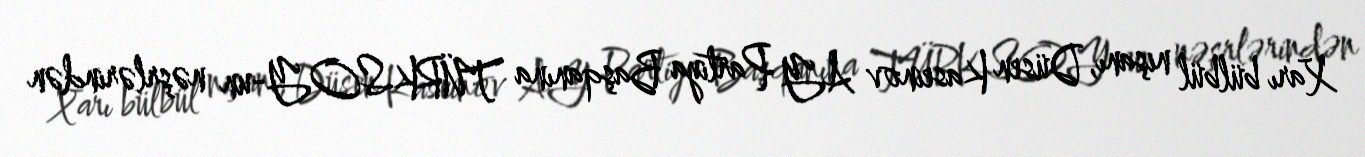
Xarı bülbül nişanı, Düsen Kaseinov AY Partiya Başqanına TÜRKSOY-un nəşrlərindən